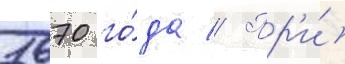
1670 го́да // Пр'и́